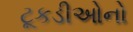
ટૂકડીઓનો